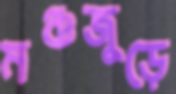
মঞ্চজুড়ে